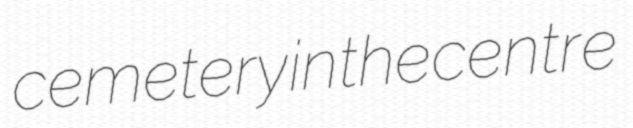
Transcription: cemetery in the centre